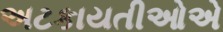
અટકાયતીઓએ